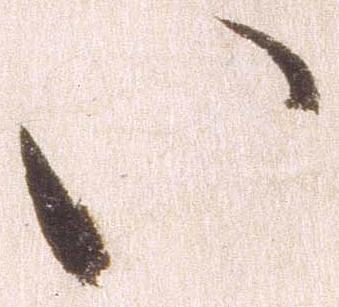
い